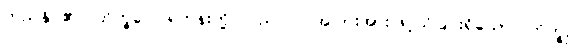
တည်နိုင်၏။ ဘိက္ခဝေ၊ ရဟန်းတို့။ ပည ဝါ၊ အပြားအားဖြင့်သိခြင်းရှိသော။ ဘိက္ခု၊